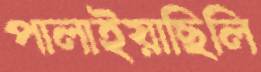
পালাইয়াছিলি